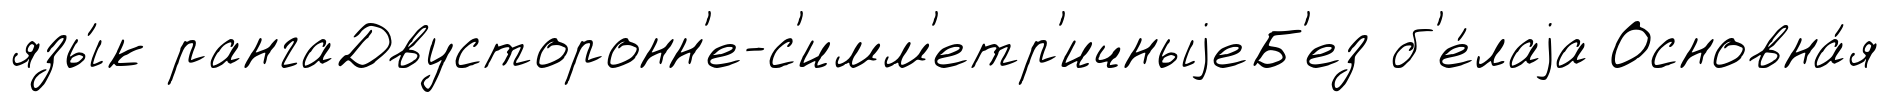
язы́к рангаДвусторонн'е-с'имм'етр'ичныjеБ'ез б'е́лаjа Основна́я